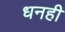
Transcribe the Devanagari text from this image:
धनही